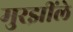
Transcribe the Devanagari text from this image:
मुरझींले